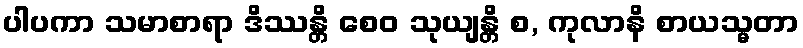
ပါပကာ သမာစာရာ ဒိဿန္တိ စေဝ သုယျန္တိ စ, ကုလာနိ စာယသ္မတာ